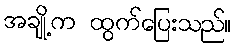
အချို့က ထွက်ပြေးသည်။